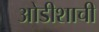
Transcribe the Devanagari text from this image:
ओडीशाची